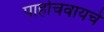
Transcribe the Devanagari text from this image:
पाहोचवायचे